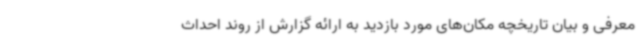
معرفی و بیان تاریخچه مکان‌های مورد بازدید به ارائه گزارش از روند احداث